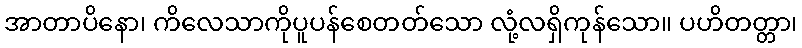
အာတာပိနော၊ ကိလေသာကိုပူပန်စေတတ်သော လုံ့လရှိကုန်သော။ ပဟိတတ္တာ၊